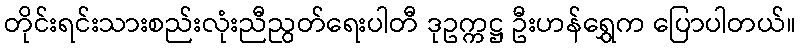
တိုင်းရင်းသားစည်းလုံးညီညွတ်ရေးပါတီ ဒုဥက္ကဋ္ဌ ဦးဟန်ရွှေက ပြောပါတယ်။